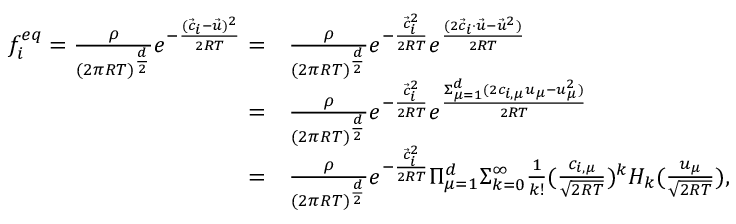
\begin{array} { r l } { f _ { i } ^ { e q } = \frac { \rho } { ( 2 \pi R T ) ^ { \frac { d } { 2 } } } e ^ { - \frac { ( \Vec { c } _ { i } - \Vec { u } ) ^ { 2 } } { 2 R T } } = } & { { } \frac { \rho } { ( 2 \pi R T ) ^ { \frac { d } { 2 } } } e ^ { - \frac { \Vec { c } _ { i } ^ { 2 } } { 2 R T } } e ^ { \frac { ( 2 \Vec { c } _ { i } \cdot \Vec { u } - \Vec { u } ^ { 2 } ) } { 2 R T } } } \\ { = } & { { } \frac { \rho } { ( 2 \pi R T ) ^ { \frac { d } { 2 } } } e ^ { - \frac { \Vec { c } _ { i } ^ { 2 } } { 2 R T } } e ^ { \frac { \Sigma _ { \mu = 1 } ^ { d } ( 2 c _ { i , \mu } u _ { \mu } - { u } _ { \mu } ^ { 2 } ) } { 2 R T } } } \\ { = } & { { } \frac { \rho } { ( 2 \pi R T ) ^ { \frac { d } { 2 } } } e ^ { - \frac { \Vec { c } _ { i } ^ { 2 } } { 2 R T } } \Pi _ { \mu = 1 } ^ { d } \Sigma _ { k = 0 } ^ { \infty } \frac { 1 } { k ! } ( \frac { c _ { i , \mu } } { \sqrt { 2 R T } } ) ^ { k } H _ { k } ( \frac { u _ { \mu } } { \sqrt { 2 R T } } ) , } \end{array}